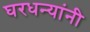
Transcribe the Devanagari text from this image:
घरधन्यांनी